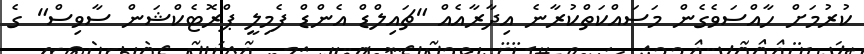
ކުރުމަށް ހާއްސަވެގެން މަސައްކަތްކުރާނެ އިދާރާއެއް "ޗައިލްޑް އެންޑް ފެމިލީ ޕްރޮޓެކްޝަން ސާވިސް" ގެ